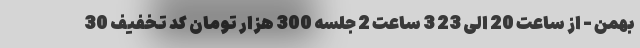
بهمن - از ساعت 20 الی 23 3 ساعت 2 جلسه 300 هزار تومان کد تخفیف 30